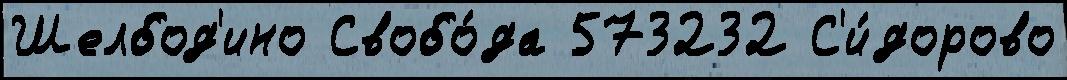
Шелбод'ино Свобо́да 573232 С'и́дорово